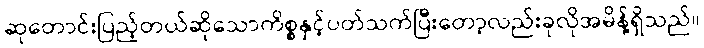
ဆုတောင်းပြည့်တယ်ဆိုသောကိစ္စနှင့်ပတ်သက်ပြီးတော့လည်းခုလိုအမိန့်ရှိသည်။